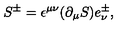
S ^ { \pm } = \epsilon ^ { \mu \nu } ( \partial _ { \mu } S ) e _ { \nu } ^ { \pm } ,